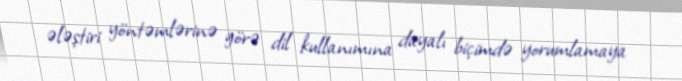
ələştiri yöntəmlərinə görə dil kullanımına dayalı biçimdə yorumlamaya